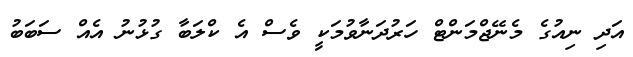
އަދި ނިއުގެ މެނޭޖްމަންޓް ހަރުދަނާވުމަކީ ވެސް އެ ކްލަބާ ގުޅުނު އެއް ސަބަބު